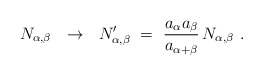
\begin{align*}N_{\alpha,\beta}~~\rightarrow~~ N_{\alpha,\beta}^\prime~=~{a_\alpha a_\beta \over a_{\alpha+\beta}} \, N_{\alpha,\beta}~.\end{align*}